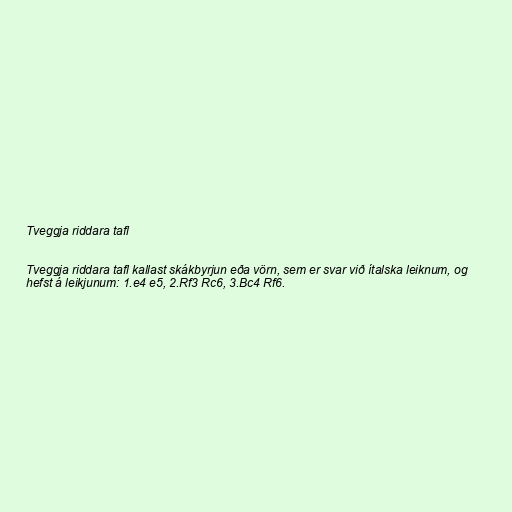
Tveggja riddara tafl

Tveggja riddara tafl kallast skákbyrjun eða vörn, sem er svar við ítalska leiknum, og
hefst á leikjunum: 1.e4 e5, 2.Rf3 Rc6, 3.Bc4 Rf6.